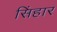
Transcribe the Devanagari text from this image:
सिंहार